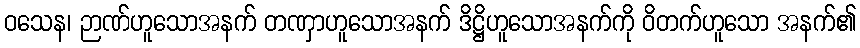
ဝသေန၊ ဉာဏ်ဟူသောအနက် တဏှာဟူသောအနက် ဒိဋ္ဌိဟူသောအနက်ကို ဝိတက်ဟူသော အနက်၏